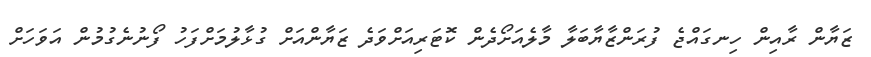
ޒަޔާން ރާއިން ހިނގައްޖެ ފުރަންޒާޔާބަލާ މާލެއަށޯދެން ކޮޓަރިއަށްވަދެ ޒަޔާންއަށް ގުޅާލުމަށްފަހު ފޯނުނެގުމުން އަވަހަށް